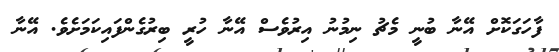
ފާހަގަކޮށް އޭނާ ބުނީ މެޗު ނިމުނު އިރުވެސް އޭނާ ހުރީ ބިރުގެންފައިކަމަށެވެ. އޭނާ